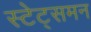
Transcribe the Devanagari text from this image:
स्टेट्समन